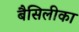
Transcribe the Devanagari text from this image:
बैसिलीका